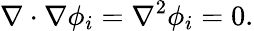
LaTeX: \nabla\cdot\nabla\phi_{i}=\nabla^{2}\phi_{i}=0.